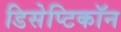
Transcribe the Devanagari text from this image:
डिसेप्टिकॉन